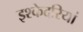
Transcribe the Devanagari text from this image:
इश्केदरियां